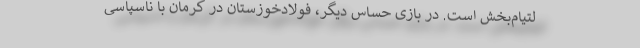
لتیام‌بخش است. در بازی حساس دیگر، فولادخوزستان در کرمان با ناسپاسی